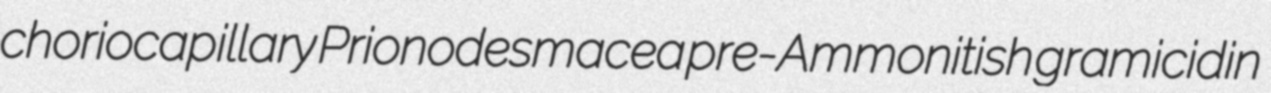
choriocapillary Prionodesmacea pre-Ammonitish gramicidin